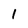
Character: 1